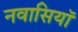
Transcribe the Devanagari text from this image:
नवासियाॅ